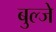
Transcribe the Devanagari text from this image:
बुल्जे